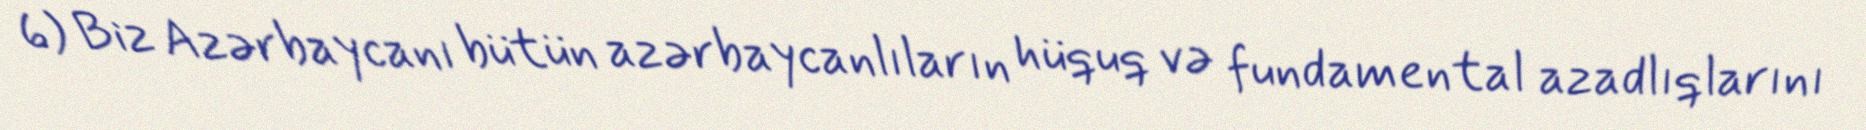
6) Biz Azərbaycanı bütün azərbaycanlıların hüquq və fundamental azadlıqlarını